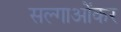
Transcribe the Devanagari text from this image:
सल्गाओंकर